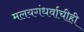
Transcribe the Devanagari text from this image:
मलयगंधर्वाचीही